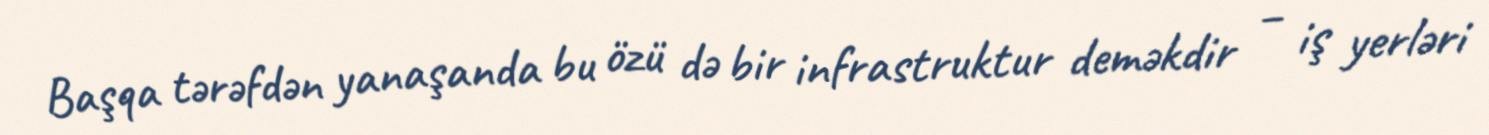
Başqa tərəfdən yanaşanda bu özü də bir infrastruktur deməkdir – iş yerləri